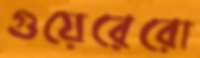
গুয়েরেরো